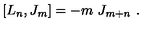
[ L _ { n } , J _ { m } ] = - m \ J _ { m + n } \ .